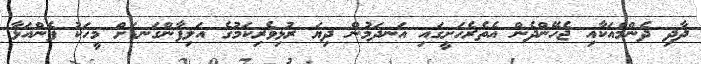
ދާދި ދެންމެއަކާއި ޖެހޭންދެން އެތެރެހަށީގައި އަނދަމުން ދިޔަ ރުޅިވެރިކަމުގެ އަލިފާންގަނޑަށް މީހަކު ފެންއަޅާ